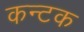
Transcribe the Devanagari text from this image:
कन्टक